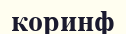
коринф